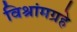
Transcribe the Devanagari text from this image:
विश्रांमग्रहे